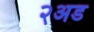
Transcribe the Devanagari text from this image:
२अड